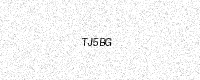
Text: TJ5BG